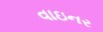
વાઇનર